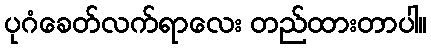
ပုဂံခေတ်လက်ရာလေး တည်ထားတာပါ။